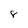
Character: 8